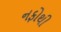
નફોથી